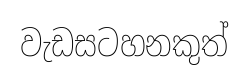
වැඩසටහනකුත්